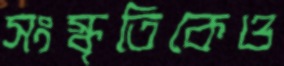
সংস্কৃতিকেও